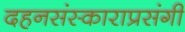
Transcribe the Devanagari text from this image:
दहनसंस्काराप्रसंगी